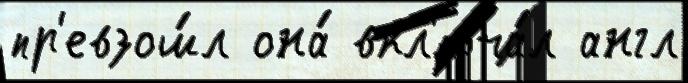
пр'евзош́л она́ вкл'юча́л англ